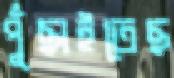
পুঁছাইতেছ